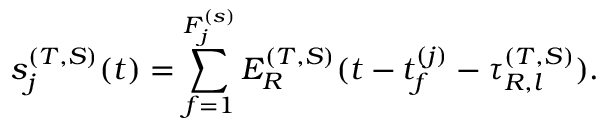
s _ { j } ^ { ( T , S ) } ( t ) = \sum _ { f = 1 } ^ { F _ { j } ^ { ( s ) } } E _ { R } ^ { ( T , S ) } ( t - t _ { f } ^ { ( j ) } - \tau _ { R , l } ^ { ( T , S ) } ) .